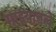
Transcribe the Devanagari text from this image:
माझ्यातले